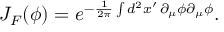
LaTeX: J _ { F } ( \phi ) = e ^ { - \frac { 1 } { 2 \pi } \int d ^ { 2 } x ^ { \prime } \, \partial _ { \mu } \phi \partial _ { \mu } \phi } .